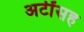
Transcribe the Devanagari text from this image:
अटींसह